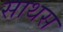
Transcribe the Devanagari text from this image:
साथस